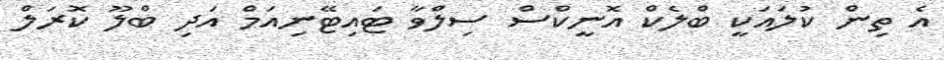
އެ ތިން ކުލައަކީ ބްލެކް އޮނީކްސް ސިލްވާ ޓައިޓޭނިއަމް އަދި ބްލޫ ކޮރަލް